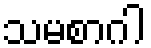
သမစာဂါ